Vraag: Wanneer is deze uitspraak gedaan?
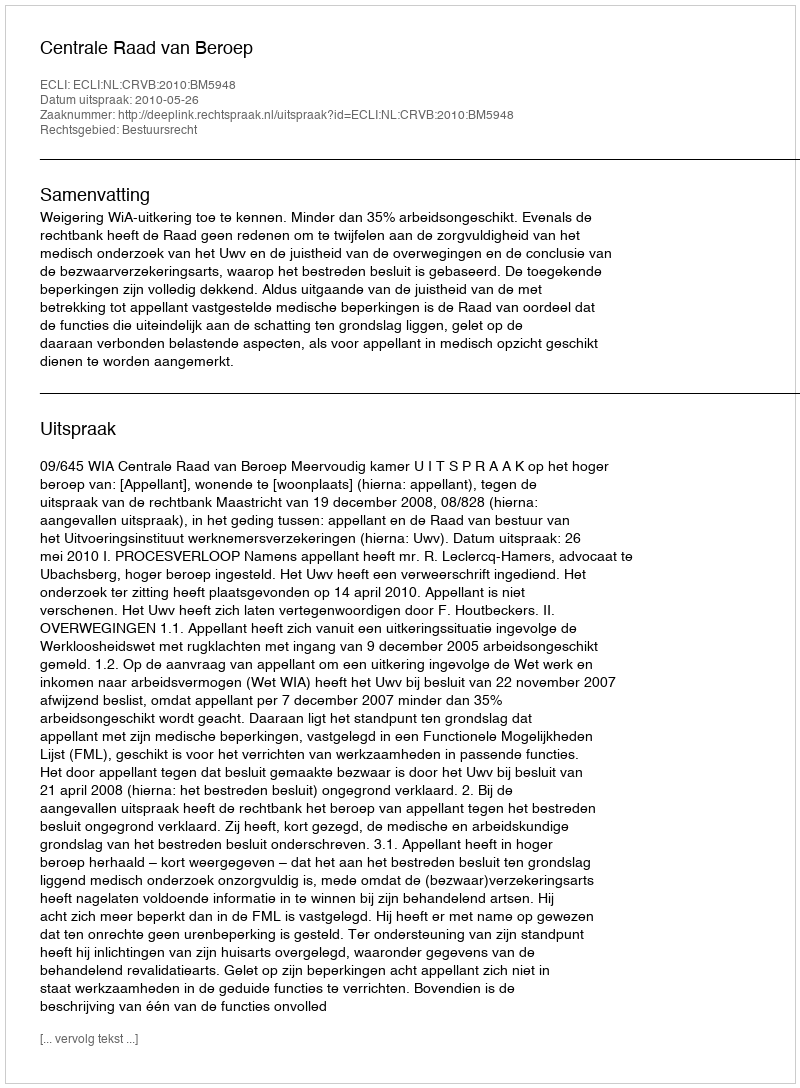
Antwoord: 2010-05-26